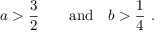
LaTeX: { { a } } > { \frac { 3 } { 2 } } \qquad \mathrm { a n d } \quad { { b } } > { \frac { 1 } { 4 } } \ .